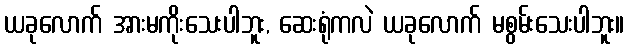
ယခုလောက် အားမကိုးသေးပါဘူး, ဆေးရုံကလဲ ယခုလောက် မစွမ်းသေးပါဘူး။